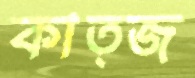
কাত্জ